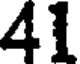
41